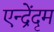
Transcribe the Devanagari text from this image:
एन्द्रेंदृम